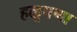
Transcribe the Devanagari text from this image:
हळूपणा